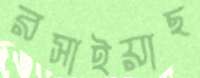
রসাইয়াছ